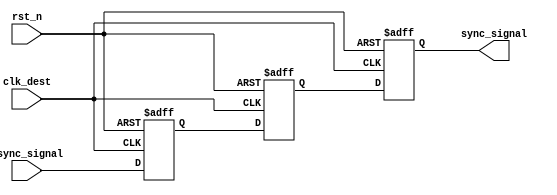
module signal_level_crossing_synchronizer (
    input wire async_signal,      // Asynchronous input signal
    input wire clk_dest,          // Destination clock domain
    input wire rst_n,             // Active low asynchronous reset
    output reg sync_signal         // Synchronized output signal
);

    // Internal signals for the two-stage flip-flops
    reg ff1, ff2;

    // Flop 1: Sample async_signal on the rising edge of clk_dest
    always @(posedge clk_dest or negedge rst_n) begin
        if (!rst_n) begin
            ff1 <= 1'b0;  // Reset state
        end else begin
            ff1 <= async_signal; // Capture async_signal
        end
    end

    // Flop 2: Sample the output of ff1 on the next rising edge of clk_dest
    always @(posedge clk_dest or negedge rst_n) begin
        if (!rst_n) begin
            ff2 <= 1'b0;  // Reset state
        end else begin
            ff2 <= ff1;   // Capture output of first flop
        end
    end

    // Output the synchronized signal
    always @(posedge clk_dest or negedge rst_n) begin
        if (!rst_n) begin
            sync_signal <= 1'b0;  // Reset state
        end else begin
            sync_signal <= ff2;    // Synchronized output
        end
    end

endmodule